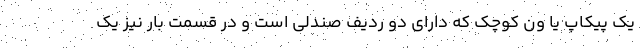
یک پیکاپ یا ون کوچک که دارای دو ردیف صندلی است و در قسمت بار نیز یک